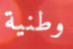
وطنية